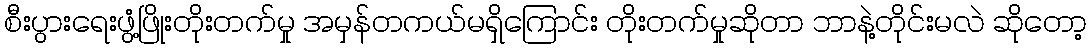
စီးပွားရေးဖွံ့ဖြိုးတိုးတက်မှု အမှန်တကယ်မရှိကြောင်း တိုးတက်မှုဆိုတာ ဘာနဲ့တိုင်းမလဲ ဆိုတော့